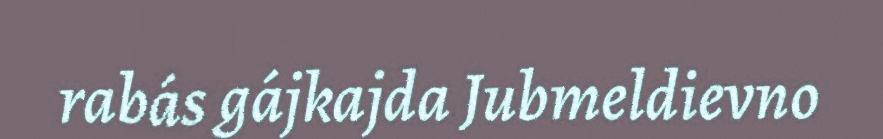
rabás gájkajda Jubmeldievno